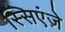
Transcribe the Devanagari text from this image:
स्सिएंज़े